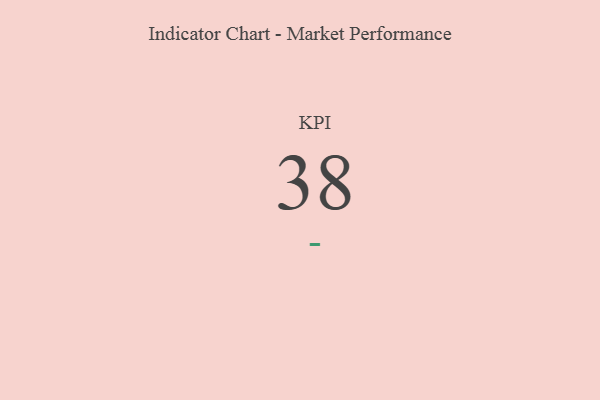
{"axis": {"x": "KPI", "y": "Value"}, "legend": [""], "data": [{"x": "KPI", "y": 38, "type": ""}]}